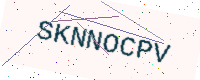
Text: SKNNOCPV